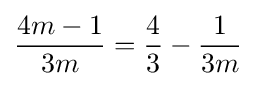
{\frac {4m-1}{3m}}={\frac {4}{3}}-{\frac {1}{3m}}